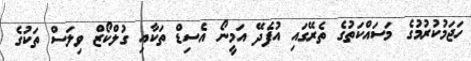
ހަޖަމުކުރުމުގެ މަސައްކަތުގެ ތެރޭގައި އުފެދޭ އަމީނޯ އެސިޑް ތަކާއި ގުލްކޯޒް ވިލަސް ތަކުގެ